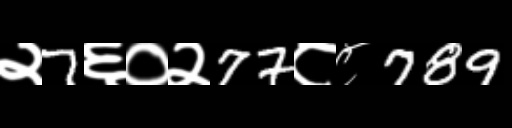
Text: २7६०२77८८789